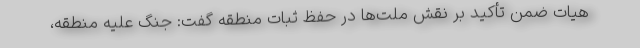
هیات ضمن تأکید بر نقش ملت‌ها در حفظ ثبات منطقه گفت: جنگ علیه منطقه،